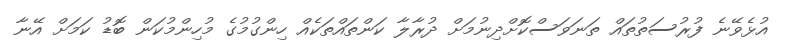
އުޅެވޭނެ ފުރުސަތުތައް ތަނަވަސްކޮށްދިނުމަށް ދުރާލާ ކަންތައްތަކެއް ހިންގުމުގެ މުހިންމުކަން ބޮޑު ކަމަށް އޭނާ